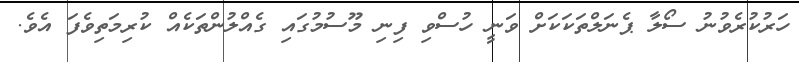
ހަރުކުރެވުނު ސޯލާ ޕެނަލްތަކަކަށް ވަނީ ހުސްވި ފިނި މޫސުމުގައި ގެއްލުންތަކެއް ކުރިމަތިވެފަ އެވެ.